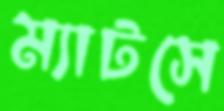
ম্যাটসে